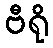
ဗီရို